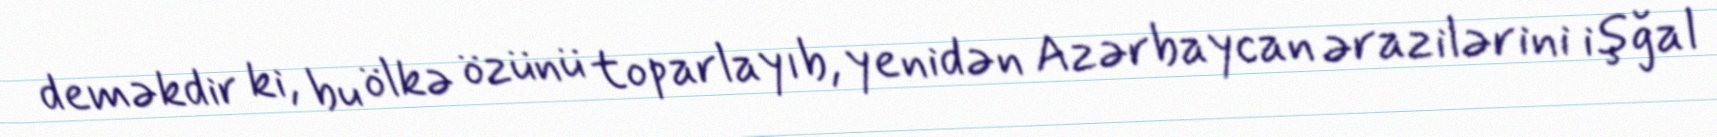
deməkdir ki, bu ölkə özünü toparlayıb, yenidən Azərbaycan ərazilərini işğal